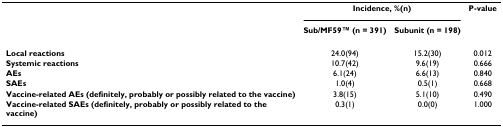
<table><thead><tr><td></td><td colspan="2"><b>Incidence, %(n)</b></td><td><b>P-value</b></td></tr><tr><td></td><td><b>Sub/MF59TM (n = 391)</b></td><td><b>Subunit (n = 198)</b></td><td></td></tr></thead><tbody><tr><td><b>Local reactions</b></td><td>24.0(94)</td><td>15.2(30)</td><td>0.012</td></tr><tr><td><b>Systemic reactions</b></td><td>10.7(42)</td><td>9.6(19)</td><td>0.666</td></tr><tr><td><b>AEs</b></td><td>6.1(24)</td><td>6.6(13)</td><td>0.840</td></tr><tr><td><b>SAEs</b></td><td>1.0(4)</td><td>0.5(1)</td><td>0.668</td></tr><tr><td><b>Vaccine-related AEs (definitely, probably or possibly related to the vaccine)</b></td><td>3.8(15)</td><td>5.1(10)</td><td>0.490</td></tr><tr><td><b>Vaccine-related SAEs (definitely, probably or possibly related to the vaccine)</b></td><td>0.3(1)</td><td>0.0(0)</td><td>1.000</td></tr></tbody></table>